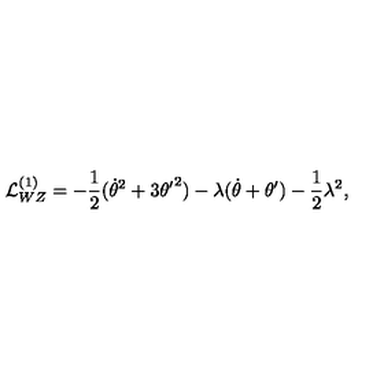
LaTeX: { \cal L } _ { W Z } ^ { ( 1 ) } = - { \frac { 1 } { 2 } } ( \dot { \theta } ^ { 2 } + 3 { \theta ^ { \prime } } ^ { 2 } ) - \lambda ( \dot { \theta } + \theta ^ { \prime } ) - { \frac { 1 } { 2 } } \lambda ^ { 2 } ,